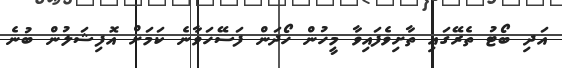
އަދި ބޯޓު ތެރޭގައި ތާށިވެފައިވާ މީހުން ހޯދަން ފަސޭހަވާނެ ކަމަށް އޮފިޝަލުން ބުނެ